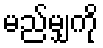
မည်မျှကို